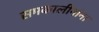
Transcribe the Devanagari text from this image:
समकालीनांना